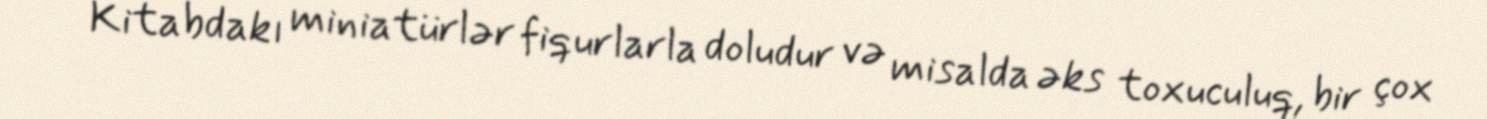
Kitabdakı miniatürlər fiqurlarla doludur və misalda əks toxuculuq, bir çox